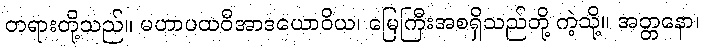
တရားတို့သည်။ မဟာပထဝီအာဒယောဝိယ၊ မြေကြီးအစရှိသည်တို့ ကဲ့သို့။ အတ္တနော၊